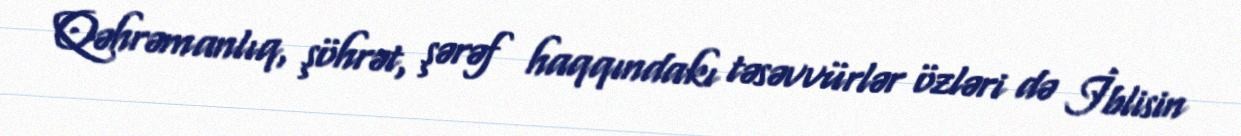
Qəhrəmanlıq, şöhrət, şərəf haqqındakı təsəvvürlər özləri də İblisin